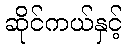
ဆိုင်ကယ်နှင့်